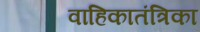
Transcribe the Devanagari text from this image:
वाहिकातंत्रिका